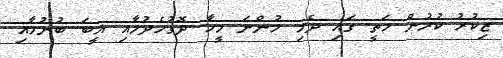
ޒިކުރު ކުރުން މަތީ ގައި ދެމި ހުންނަ މީހާ ދޮގުހެދުމާއި ޣީބަ ބުނުމާއި